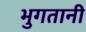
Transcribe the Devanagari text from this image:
भुगतानी